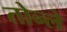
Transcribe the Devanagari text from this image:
तोन्ले